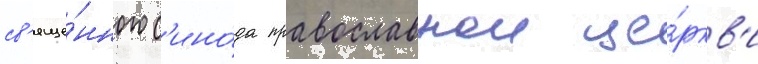
св'яще́нного с'ино́да православнои це́ркв'и